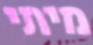
מיתי